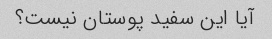
آیا این سفید پوستان نیست؟